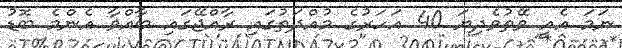
ނަމަ އެއީ ވޭތުވެދިޔަ 40 އަހަރުގެ މުއްދަތުގައި ރާއްޖޭގައި ބާއްވާ އެންމެ ބޮޑު